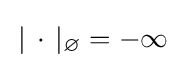
\,|\,\cdot \,|_{\varnothing }=-\infty